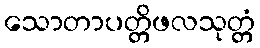
သောတာပတ္တိဖလသုတ္တံ